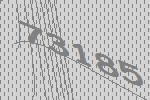
73185